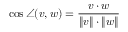
\cos \angle ( v , w ) = { \frac { v \cdot w } { \| v \| \cdot \| w \| } }